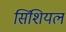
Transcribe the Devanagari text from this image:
सिंशियल